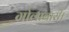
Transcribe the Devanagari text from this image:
गोलाबारी।